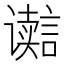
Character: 𮙋